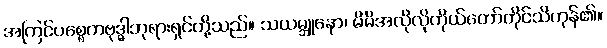
အကြင်ပစ္စေကဗုဒ္ဓါဘုရားရှင်တို့သည်။ သယမ္ဘူနော၊ မိမိအလိုလိုကိုယ်တော်တိုင်သိကုန်၏။